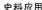
史料应用